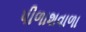
પીળાશવાળા